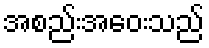
အစည်းအဝေးသည်